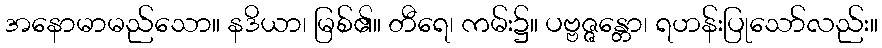
အနောမာမည်သော။ နဒိယာ၊ မြစ်၏။ တီရေ၊ ကမ်း၌။ ပဗ္ဗဇ္ဇန္တော၊ ရဟန်းပြုသော်လည်း။